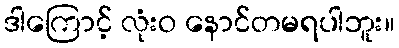
ဒါကြောင့် လုံးဝ နောင်တမရပါဘူး။